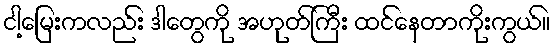
ငါ့မြေးကလည်း ဒါတွေကို အဟုတ်ကြီး ထင်နေတာကိုးကွယ်။